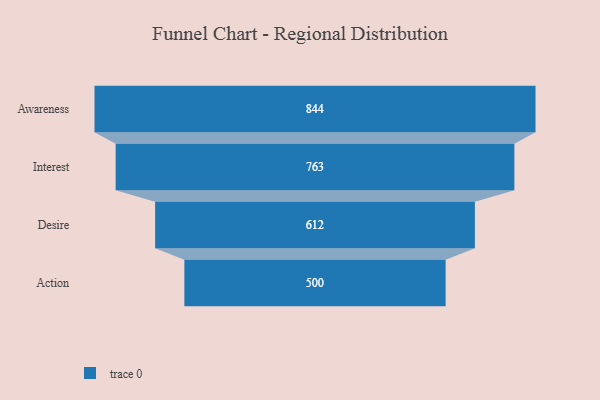
{"axis": {"x": "Stage", "y": "Value"}, "legend": [""], "data": [{"x": "Awareness", "y": 844.0, "type": ""}, {"x": "Interest", "y": 763.0, "type": ""}, {"x": "Desire", "y": 612.0, "type": ""}, {"x": "Action", "y": 500, "type": ""}]}